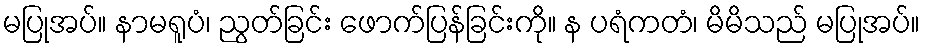
မပြုအပ်။ နာမရူပံ၊ ညွတ်ခြင်း ဖောက်ပြန်ခြင်းကို။ န ပရံကတံ၊ မိမိသည် မပြုအပ်။